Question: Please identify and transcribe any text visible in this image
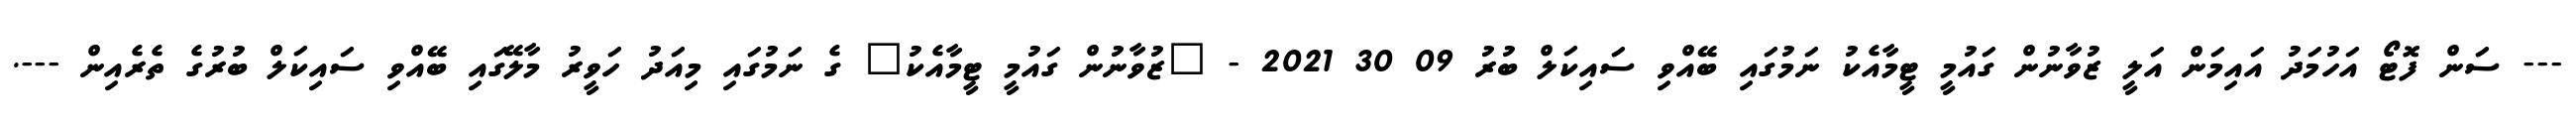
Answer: --- ސަން ފޮޓޯ އަހުމަދު އައިމަން އަލީ ޒުވާނުން ގައުމީ ޓީމާއެކު ނަމުގައި ބޭއްވި ސައިކަލް ބުރު 09 30 2021 - "ޒުވާނުން ގައުމީ ޓީމާއެކު" ގެ ނަމުގައި މިއަދު ހަވީރު މާލޭގައި ބޭއްވި ސައިކަލް ބުރުގެ ތެރެއިން ---.